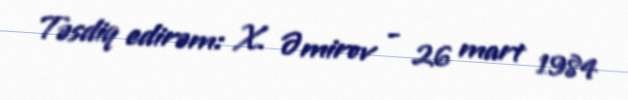
Təsdiq edirəm: X. Əmirov - 26 mart 1984